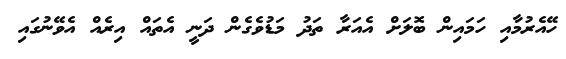
ހޭއެރުމާއި ހަމައިން ބޮލަށް އެއަރާ ތަދު މަޑުވެގެން ދަނީ އެތައް އިރެއް އެވޭނުގައި